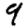
Digit: 9